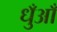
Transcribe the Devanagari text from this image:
धुँआँ